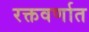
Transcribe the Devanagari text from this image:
रक्तवर्णात